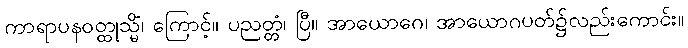
ကာရာပနဝတ္ထုသ္မိံ၊ ကြောင့်။ ပညတ္တံ၊ ပြီ။ အာယောဂေ၊ အာယောဂပတ်၌လည်းကောင်း။